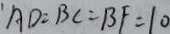
A D = B C = B F = 1 0